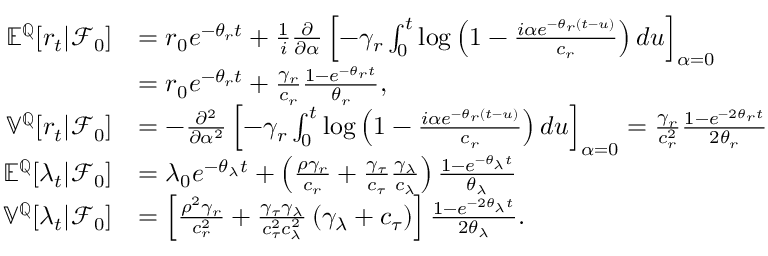
\begin{array} { r l } { { \mathbb E } ^ { { \mathbb Q } } [ r _ { t } | { \mathcal F } _ { 0 } ] } & { = r _ { 0 } e ^ { - \theta _ { r } t } + \frac { 1 } { i } \frac { \partial } { \partial \alpha } \left[ - \gamma _ { r } \int _ { 0 } ^ { t } \log \left( 1 - \frac { i \alpha e ^ { - \theta _ { r } ( t - u ) } } { c _ { r } } \right) d u \right] _ { \alpha = 0 } } \\ & { = r _ { 0 } e ^ { - \theta _ { r } t } + \frac { \gamma _ { r } } { c _ { r } } \frac { 1 - e ^ { - \theta _ { r } t } } { \theta _ { r } } , } \\ { \mathbb { V } ^ { { \mathbb Q } } [ r _ { t } | { \mathcal F } _ { 0 } ] } & { = - \frac { \partial ^ { 2 } } { \partial \alpha ^ { 2 } } \left[ - \gamma _ { r } \int _ { 0 } ^ { t } \log \left( 1 - \frac { i \alpha e ^ { - \theta _ { r } ( t - u ) } } { c _ { r } } \right) d u \right] _ { \alpha = 0 } = \frac { \gamma _ { r } } { c _ { r } ^ { 2 } } \frac { 1 - e ^ { - 2 \theta _ { r } t } } { 2 \theta _ { r } } } \\ { { \mathbb E } ^ { { \mathbb Q } } [ \lambda _ { t } | { \mathcal F } _ { 0 } ] } & { = \lambda _ { 0 } e ^ { - \theta _ { \lambda } t } + \left( \frac { \rho \gamma _ { r } } { c _ { r } } + \frac { \gamma _ { \tau } } { c _ { \tau } } \frac { \gamma _ { \lambda } } { c _ { \lambda } } \right) \frac { 1 - e ^ { - \theta _ { \lambda } t } } { \theta _ { \lambda } } } \\ { \mathbb { V } ^ { { \mathbb Q } } [ \lambda _ { t } | { \mathcal F } _ { 0 } ] } & { = \left[ \frac { \rho ^ { 2 } \gamma _ { r } } { c _ { r } ^ { 2 } } + \frac { \gamma _ { \tau } \gamma _ { \lambda } } { c _ { \tau } ^ { 2 } c _ { \lambda } ^ { 2 } } \left( \gamma _ { \lambda } + c _ { \tau } \right) \right] \frac { 1 - e ^ { - 2 \theta _ { \lambda } t } } { 2 \theta _ { \lambda } } . } \end{array}